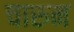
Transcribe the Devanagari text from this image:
चारुन